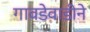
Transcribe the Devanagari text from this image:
गावडेवाडीने